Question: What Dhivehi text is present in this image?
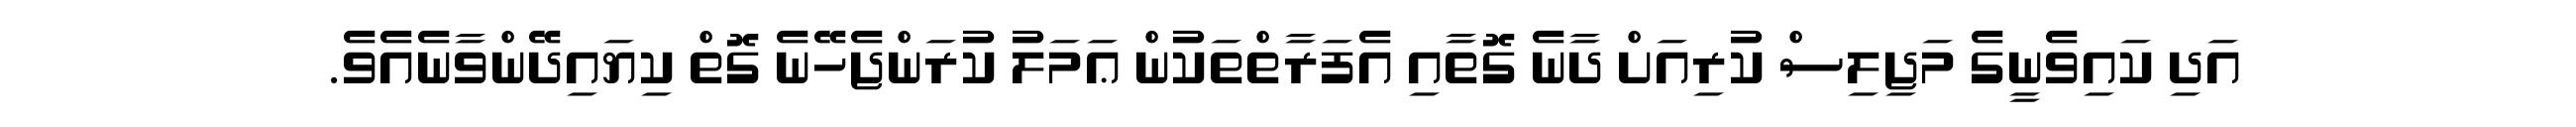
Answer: އަދި ކައިވެނީގެ މަޖިލިސް ކުރިއަށް ދާނެ ގޮތާއި އެފަރާތްތަކުން ޢަމަލު ކުރަންޖެހޭނެ ގޮތް ކިޔައިދޭންވާނެއެވެ.